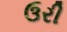
ઉરી